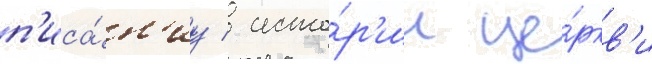
п'иса́н'иу / исто́р'ии це́ркв'и